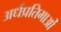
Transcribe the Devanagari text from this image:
अर्धप्रतिमाओं